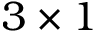
3 \times 1